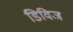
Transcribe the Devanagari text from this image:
डिविज